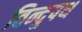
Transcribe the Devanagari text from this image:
विन्दुपथ